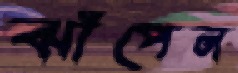
ঝাঁপেন